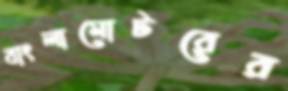
বাংলামোটরের